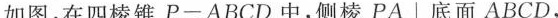
如图，在四棱锥P-ABCD中，侧棱PA\bot底面ABCD